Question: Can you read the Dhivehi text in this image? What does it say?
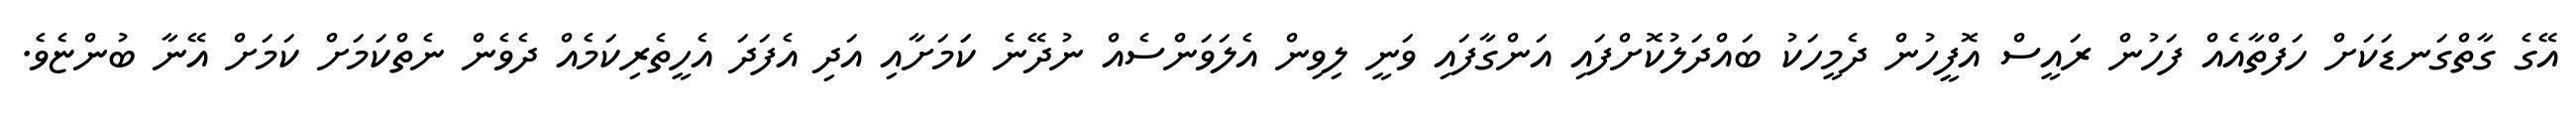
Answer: އޭގެ ގާތްގަނޑަކަށް ހަފްތާއެއް ފަހުން ރައީސް އޮފީހުން ދެމީހަކު ބައްދަލުކޮށްފައި އަންގާފައި ވަނީ ލިވިން އެލަވަންސެއް ނުދޭނެ ކަަމަށާއި އަދި އެފަދަ އެހީތެރިކަމެއް ދެވެން ނެތްކަމަށް ކަމަށް އޭނާ ބުންޏެވެ.